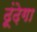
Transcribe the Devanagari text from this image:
ढूंढ़ेगा